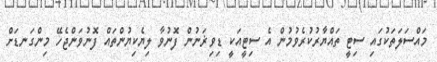
މައްސަލަތަކުގައި ސިޓީ ތައްޔާރުކުރެވުމުން އެ ސިޓީއަކީ ޑިވިޜަނުން ފޮނުވާ ލިޔެކިޔުންތައް ފޮނުވަންޖެހޭ މިންގަނޑަށް